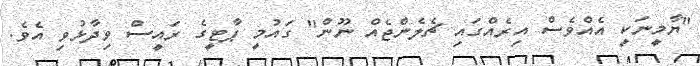
"ޔާމީނަކީ އެއްވެސް އިރެއްގައި ޗެލެންޖެއް ނޫން" ގައުމީ ޕާޓީގެ ރައީސް ވިދާޅުވި އެވެ.